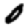
Digit: 0